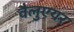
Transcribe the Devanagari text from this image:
वैलुएयर